Vaccination in Burma 1889-1999 - 1889-1999
Year: 1889
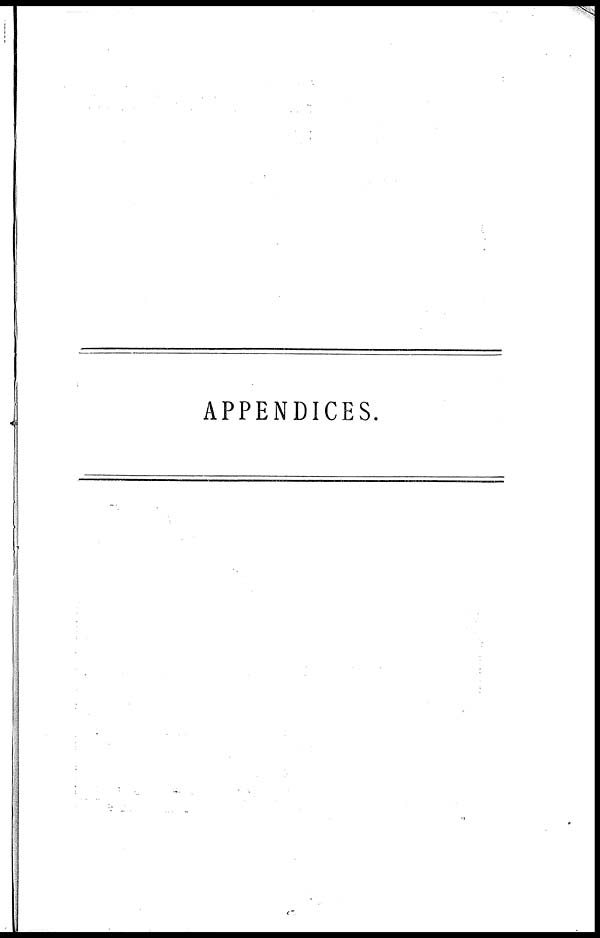
APPENDICES.